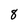
Character: 8